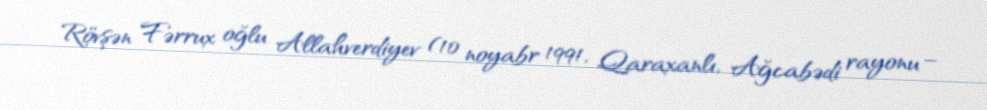
Rövşən Fərrux oğlu Allahverdiyev (10 noyabr 1991, Qaraxanlı, Ağcabədi rayonu –